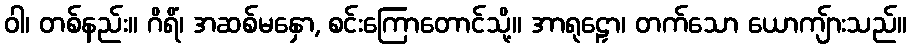
ဝါ၊ တစ်နည်း။ ဂိရိံ၊ အဆစ်မနှော, စင်းကြောတောင်သို့။ အာရုဠှော၊ တက်သော ယောကျ်ားသည်။